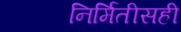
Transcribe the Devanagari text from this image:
निर्मितीसही